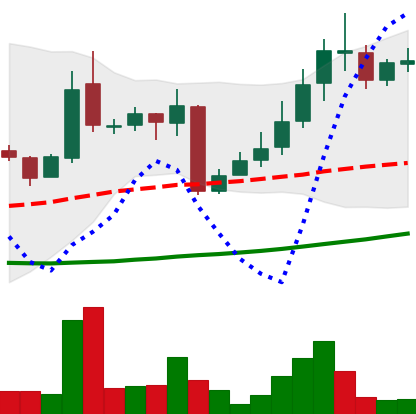
Ticker: LINK-USD
Chart end date: 2018-10-21
Forward return: 16.227%
Label: up_7plus